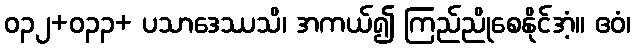
ဝ၃၂+ဝ၃၃+ ပသာဒေဿသိ၊ အကယ်၍ ကြည်ညိုစေနိုင်အံ့။ ဧဝံ၊